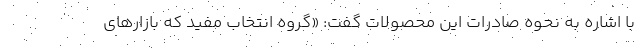
با اشاره به نحوه صادرات این محصولات گفت: «گروه انتخاب مفید که بازارهای